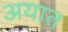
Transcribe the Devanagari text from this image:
अयात